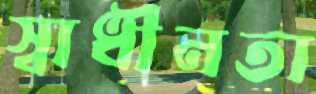
স্বাধীনতা